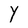
Character: Y